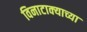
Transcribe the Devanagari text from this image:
विनाटाक्‍याच्या